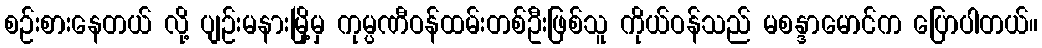
စဉ်းစားနေတယ် လို့ ပျဉ်းမနားမြို့မှ ကုမ္ပဏီဝန်ထမ်းတစ်ဦးဖြစ်သူ ကိုယ်ဝန်သည် မစန္ဒာမောင်က ပြောပါတယ်။